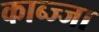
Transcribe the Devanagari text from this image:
काब्ज्जा